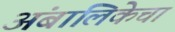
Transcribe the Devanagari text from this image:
अंबालिकेचा